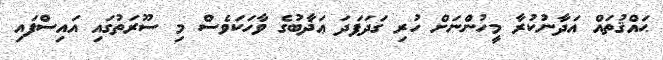
ޙައްޤުތައް އަދާނުކުރާ މީހުންނަށް ހުރި ގަދަފަދަ ޢަޛާބުގެ ވާހަކަވެސް މި ސޫރަތުގައި އައިސްފައި